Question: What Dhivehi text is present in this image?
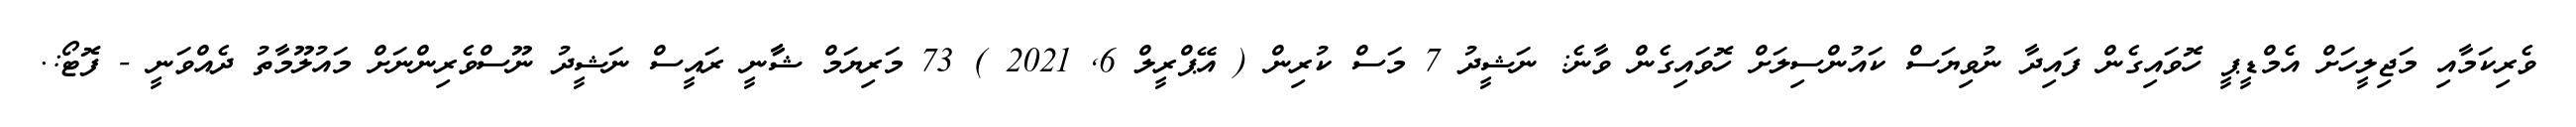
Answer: ވެރިކަމާއި މަޖިލީހަށް އެމްޑީޕީ ހޮވައިގެން ފައިދާ ނުވިޔަސް ކައުންސިލަށް ހޮވައިގެން ވާނެ: ނަޝީދު 7 މަސް ކުރިން ( އޭޕްރީލް 6, 2021 ) 73 މަރިޔަމް ޝާާނީ ރައީސް ނަޝީދު ނޫސްވެރިންނަށް މައުލޫމާތު ދެއްވަނީ - ފޮޓޯ:.